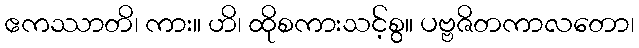
ဧကဿာတိ၊ ကား။ ဟိ၊ ထိုစကားသင့်စွ။ ပဗ္ဗဇိတကာလတော၊